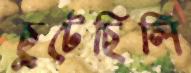
ছুটেছিলি